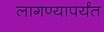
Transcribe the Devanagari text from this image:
लागण्यापर्यंत